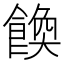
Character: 𩝆